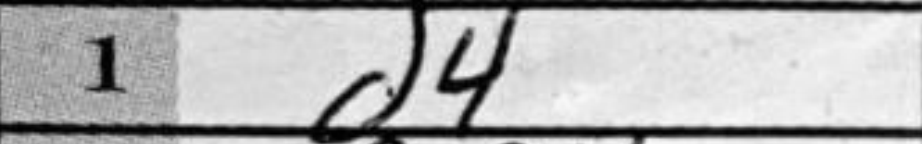
Transcription: d4